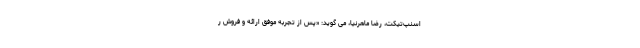
اسنپ‌تیکت، رضا ماهرنیا، می گوید: «پس از تجربه موفق ارائه و فروش ر